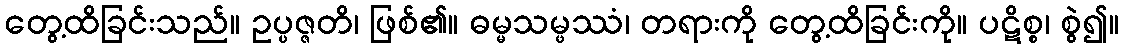
တွေ့ထိခြင်းသည်။ ဥပ္ပဇ္ဇတိ၊ ဖြစ်၏။ ဓမ္မသမ္ဖဿံ၊ တရားကို တွေ့ထိခြင်းကို။ ပဋိစ္စ၊ စွဲ၍။